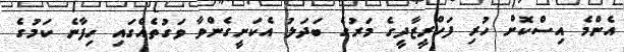
އެންމެ އިސްކޮށް ހުރި ފަހްރީޒާދީގެ މަރުގެ ބަދަލު އެކަށީގެންވާ ވަގުތެއްގައި ހިފާނެ ކަމުގެ